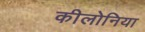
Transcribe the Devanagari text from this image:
कीलोनिया